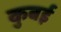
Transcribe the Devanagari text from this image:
कुबई